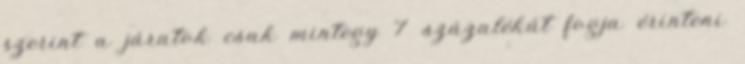
szerint a járatok csak mintegy 7 százalékát fogja érinteni